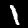
Label: 1